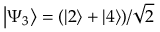
\left\lvert \Psi _ { 3 } \right\rangle = ( \left\lvert 2 \right\rangle + \left\lvert 4 \right\rangle ) / \sqrt { 2 }